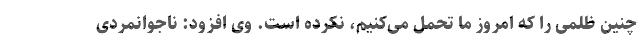
چنین ظلمی را که امروز ما تحمل می‌کنیم، نکرده است. وی افزود: ناجوانمردی